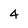
Character: 4